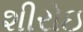
શીરોઇ